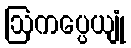
ဩကပ္ပေယျုံ